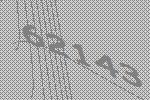
62143